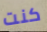
كنت